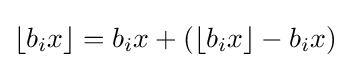
\lfloor b_{i}x\rfloor =b_{i}x+(\lfloor b_{i}x\rfloor -b_{i}x)